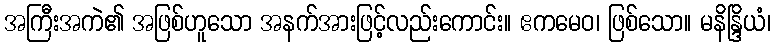
အကြီးအကဲ၏ အဖြစ်ဟူသော အနက်အားဖြင့်လည်းကောင်း။ ဧကမေဝ၊ ဖြစ်သော။ မနိန္ဒြိယံ၊